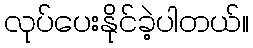
လုပ်ပေးနိုင်ခဲ့ပါတယ်။